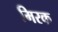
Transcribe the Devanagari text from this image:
मिरक